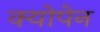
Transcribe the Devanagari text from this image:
क्योपेन